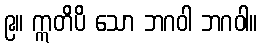
၉။ ဣတိပိ သော ဘဂဝါ ဘဂဝါ။